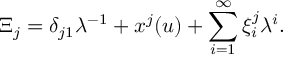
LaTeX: \Xi _ { j } = \delta _ { j 1 } \lambda ^ { - 1 } + x ^ { j } ( u ) + \sum _ { i = 1 } ^ { \infty } \xi _ { i } ^ { j } \lambda ^ { i } .